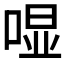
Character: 𱓛